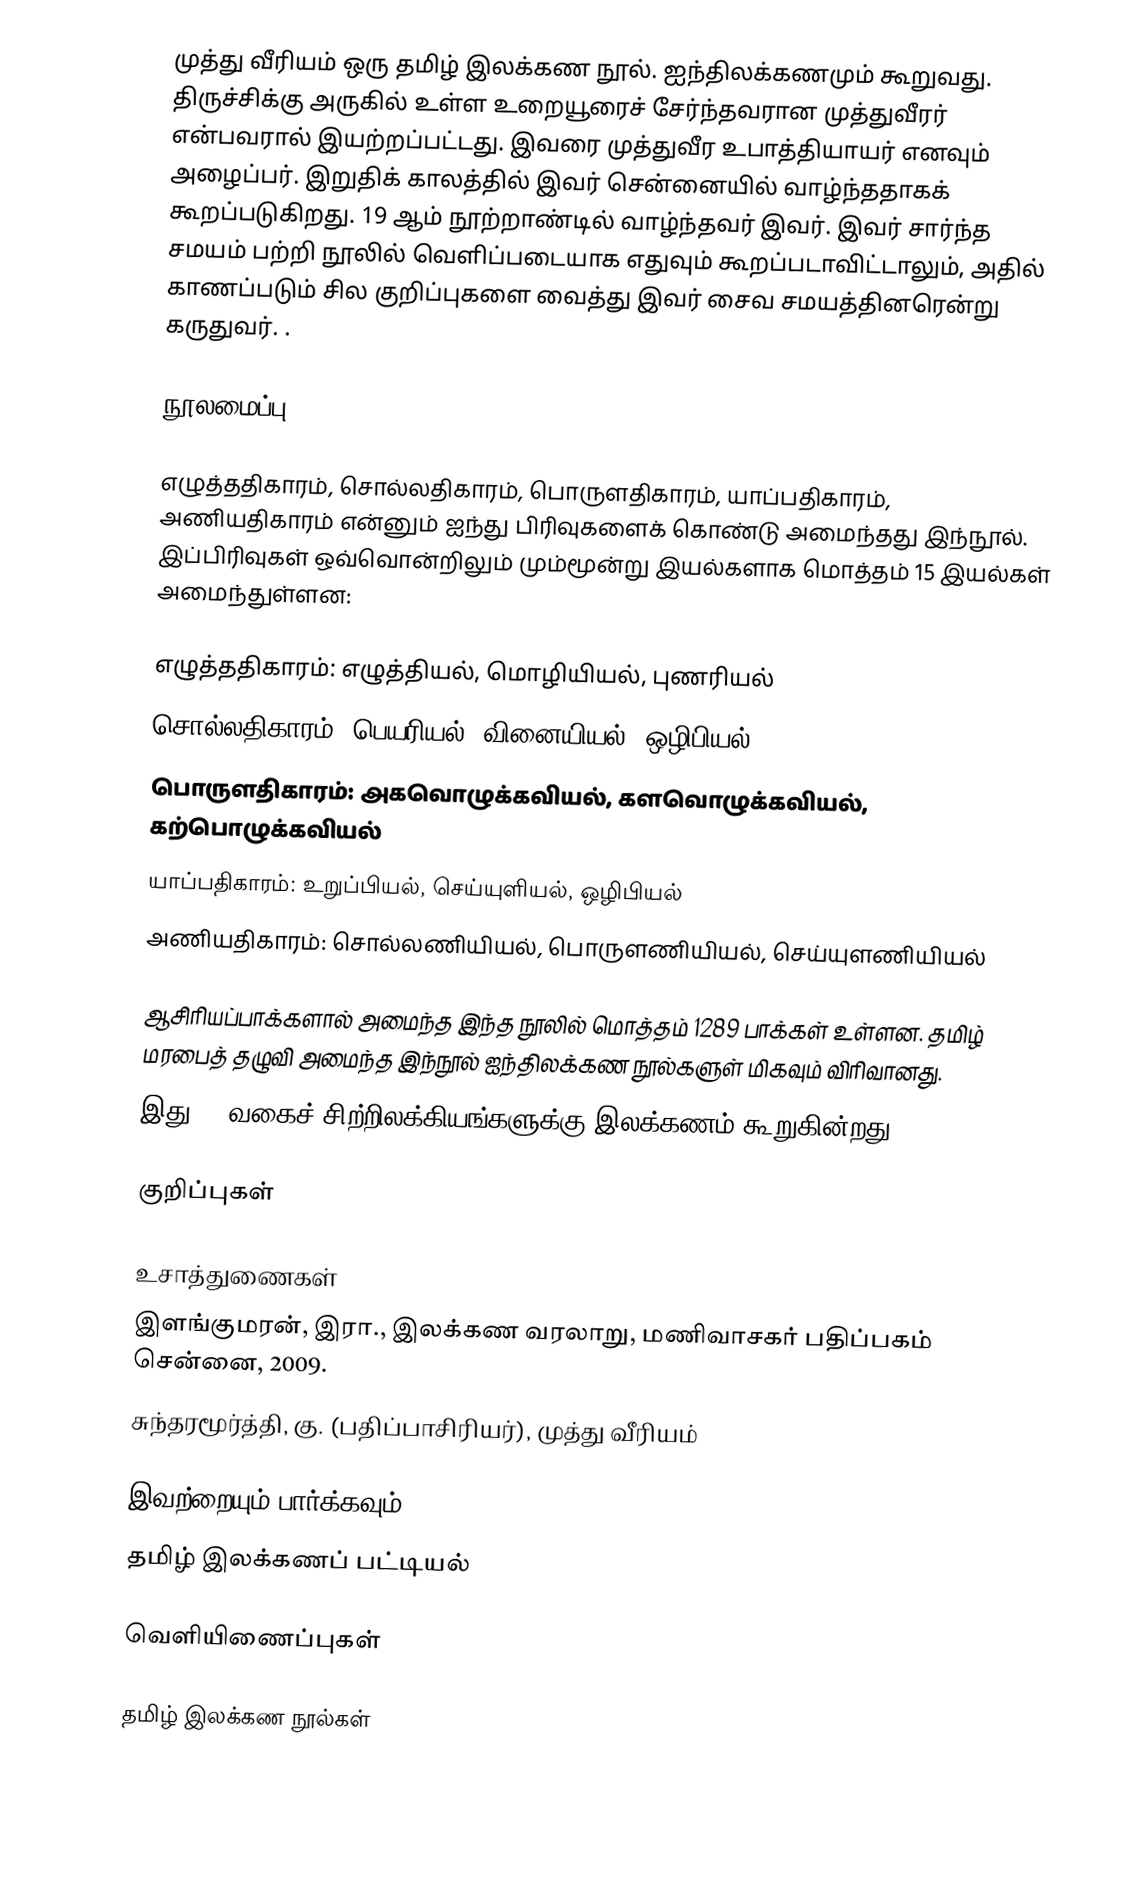
முத்து வீரியம் ஒரு தமிழ் இலக்கண நூல். ஐந்திலக்கணமும் கூறுவது. திருச்சிக்கு அருகில் உள்ள உறையூரைச் சேர்ந்தவரான முத்துவீரர் என்பவரால் இயற்றப்பட்டது. இவரை முத்துவீர உபாத்தியாயர் எனவும் அழைப்பர். இறுதிக் காலத்தில் இவர் சென்னையில் வாழ்ந்ததாகக் கூறப்படுகிறது. 19 ஆம் நூற்றாண்டில் வாழ்ந்தவர் இவர். இவர் சார்ந்த சமயம் பற்றி நூலில் வெளிப்படையாக எதுவும் கூறப்படாவிட்டாலும், அதில் காணப்படும் சில குறிப்புகளை வைத்து இவர் சைவ சமயத்தினரென்று கருதுவர். .

நூலமைப்பு

எழுத்ததிகாரம், சொல்லதிகாரம், பொருளதிகாரம், யாப்பதிகாரம், அணியதிகாரம் என்னும் ஐந்து பிரிவுகளைக் கொண்டு அமைந்தது இந்நூல். இப்பிரிவுகள் ஒவ்வொன்றிலும் மும்மூன்று இயல்களாக மொத்தம் 15 இயல்கள்  அமைந்துள்ளன:

 எழுத்ததிகாரம்: எழுத்தியல், மொழியியல், புணரியல்
 சொல்லதிகாரம்: பெயரியல், வினையியல், ஒழிபியல்
 பொருளதிகாரம்: அகவொழுக்கவியல், களவொழுக்கவியல், கற்பொழுக்கவியல்
 யாப்பதிகாரம்: உறுப்பியல், செய்யுளியல், ஒழிபியல்
 அணியதிகாரம்: சொல்லணியியல், பொருளணியியல், செய்யுளணியியல்

ஆசிரியப்பாக்களால் அமைந்த இந்த நூலில் மொத்தம் 1289 பாக்கள் உள்ளன. தமிழ் மரபைத் தழுவி அமைந்த இந்நூல் ஐந்திலக்கண நூல்களுள் மிகவும் விரிவானது.
இது 96 வகைச் சிற்றிலக்கியங்களுக்கு இலக்கணம் கூறுகின்றது.

குறிப்புகள்

உசாத்துணைகள்
 இளங்குமரன், இரா., இலக்கண வரலாறு, மணிவாசகர் பதிப்பகம் சென்னை, 2009.
 சுந்தரமூர்த்தி, கு. (பதிப்பாசிரியர்), முத்து வீரியம்

இவற்றையும் பார்க்கவும்
 தமிழ் இலக்கணப் பட்டியல்

வெளியிணைப்புகள்

தமிழ் இலக்கண நூல்கள்